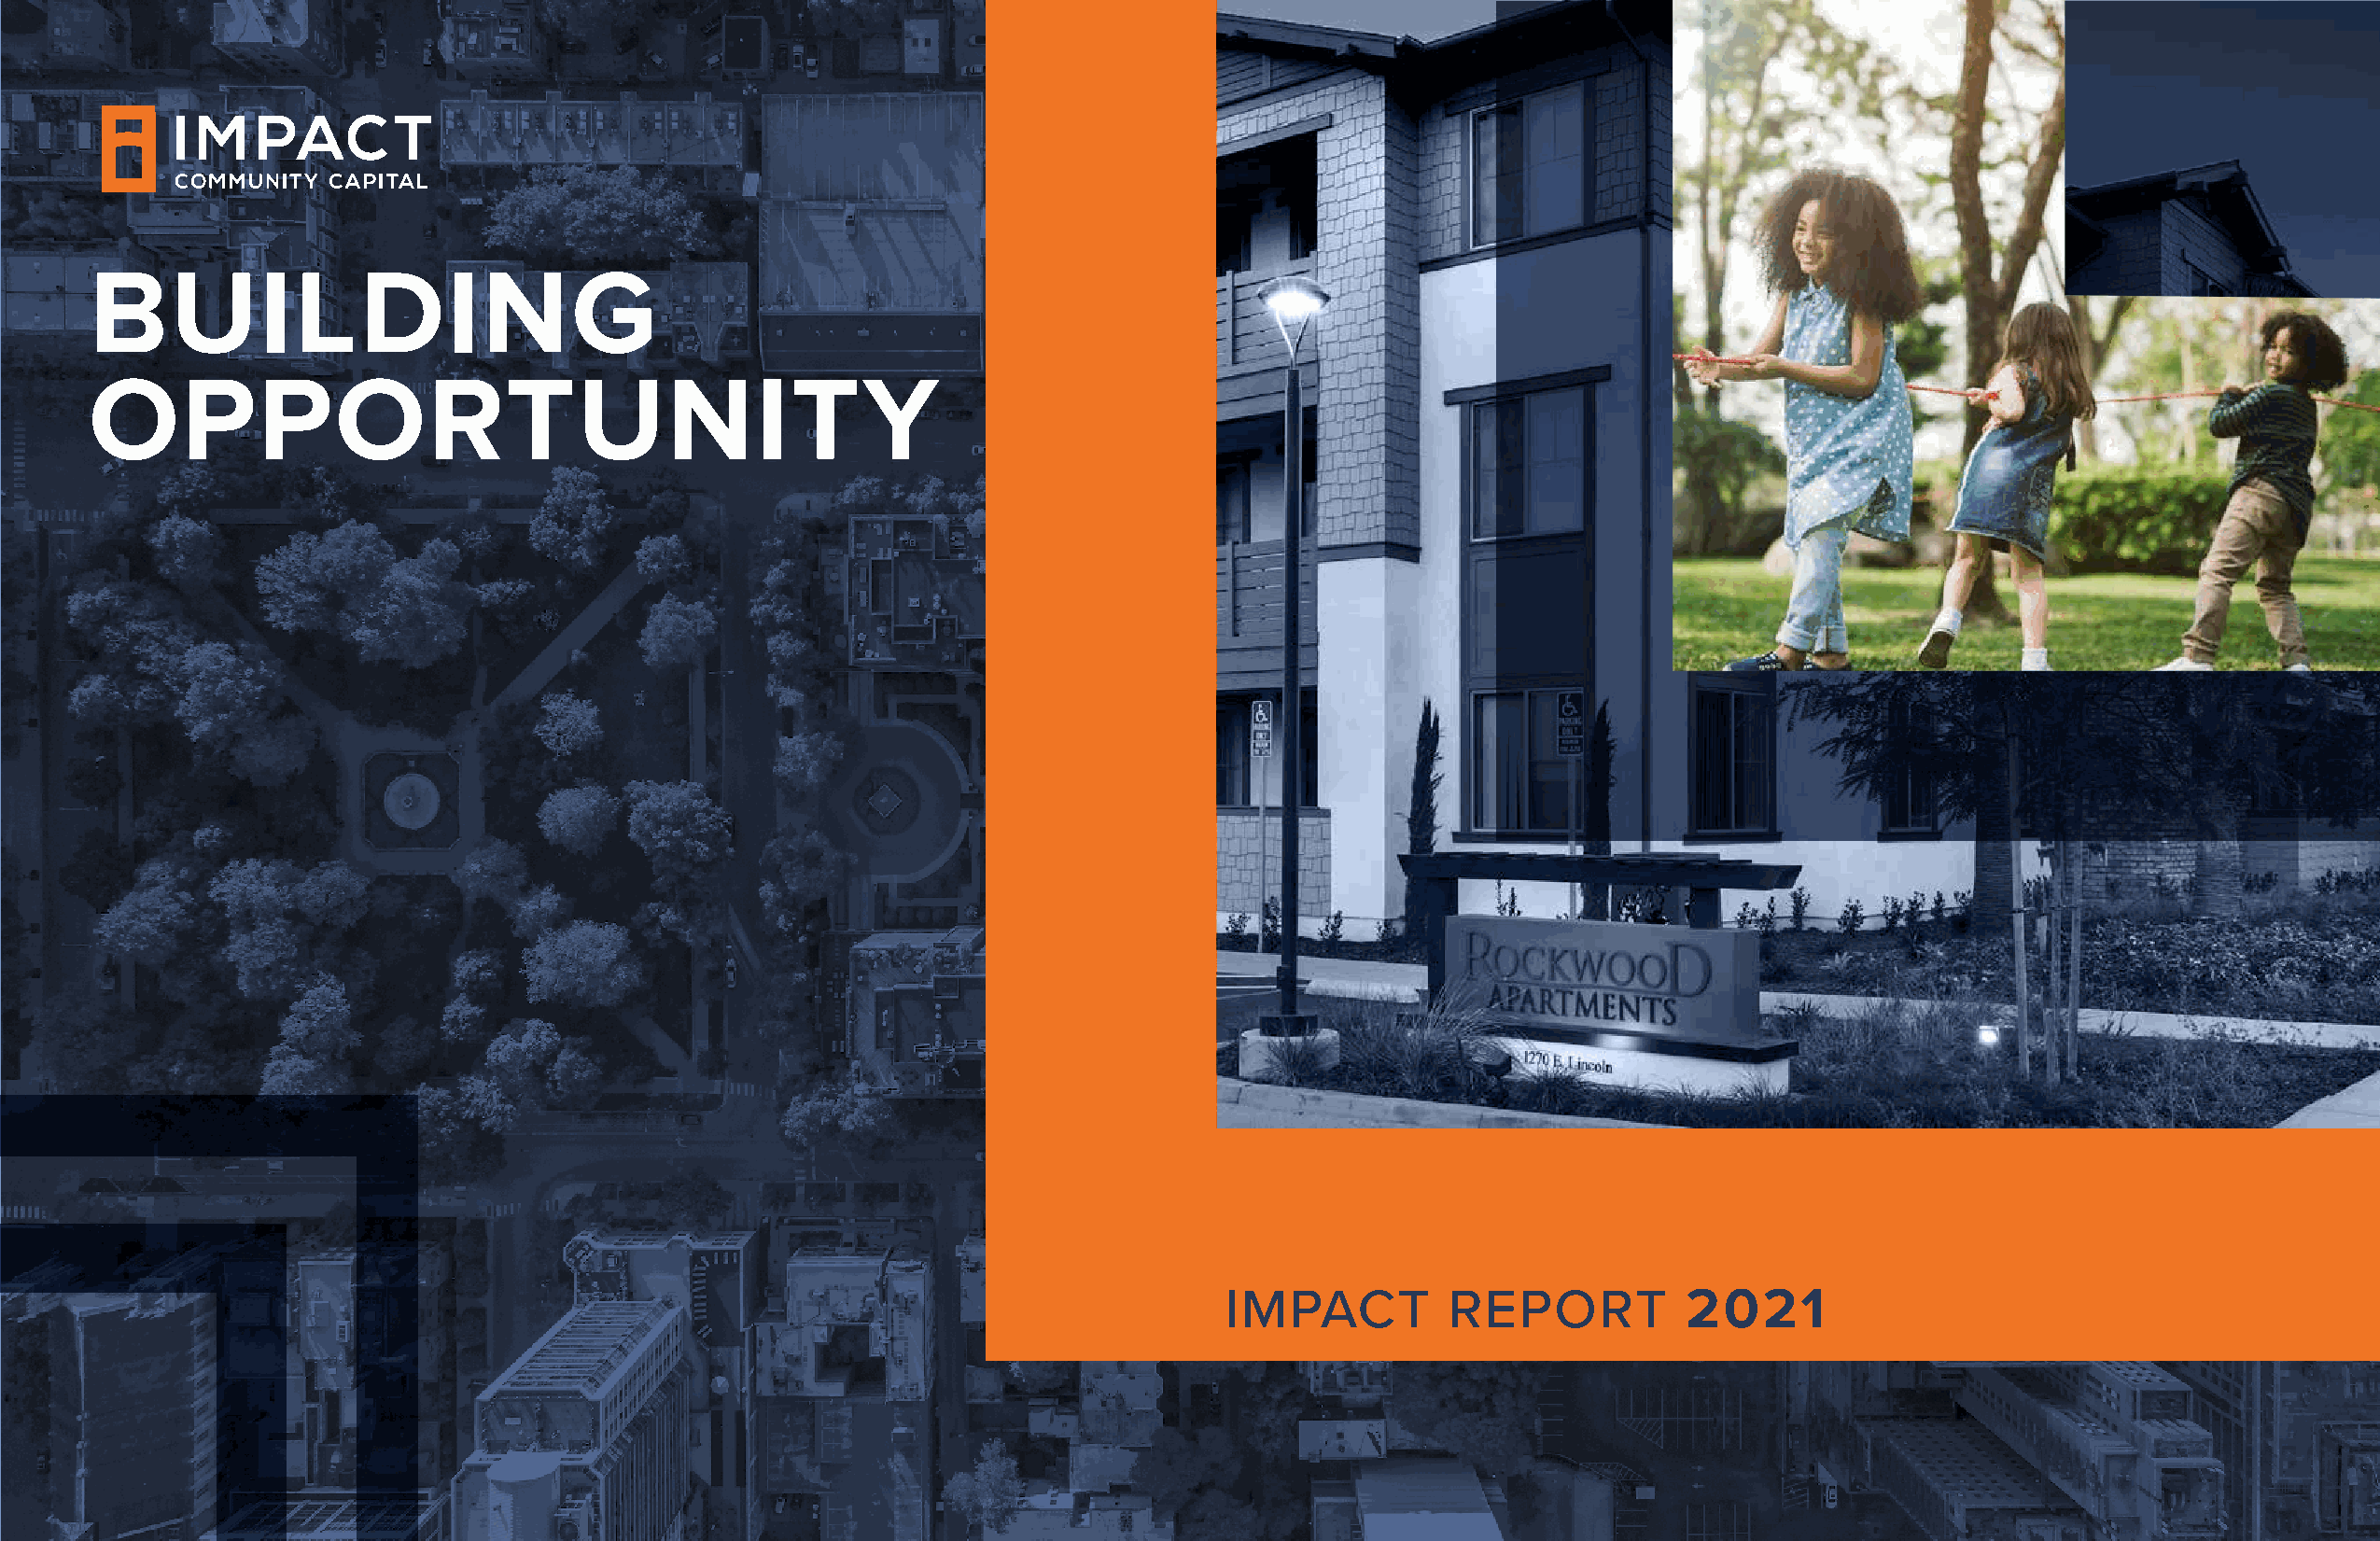
BUILDING
 OPPORTUNITY
 IMPACT          REPORT           2021